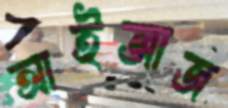
আইজাজ